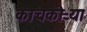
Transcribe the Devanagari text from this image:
काचकोऱ्या